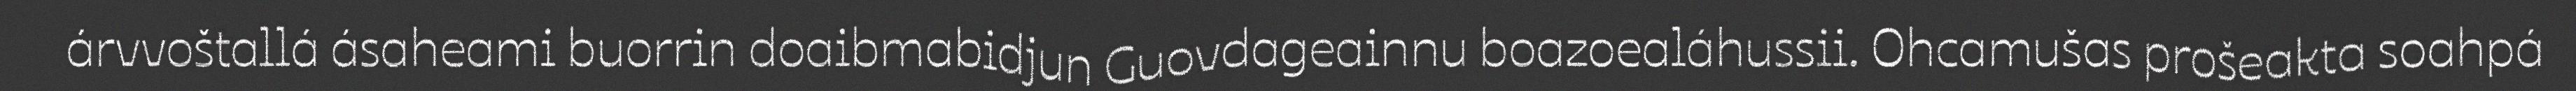
árvvoštallá ásaheami buorrin doaibmabidjun Guovdageainnu boazoealáhussii. Ohcamušas prošeakta soahpá